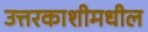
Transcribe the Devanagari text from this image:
उत्तरकाशीमधील